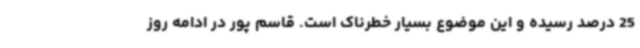
25 درصد رسیده و این موضوع بسیار خطرناک است. قاسم پور در ادامه روز